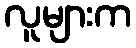
လူများက